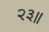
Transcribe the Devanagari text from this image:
२३॥